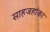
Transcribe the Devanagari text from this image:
साहजहांका